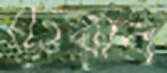
টেয়ার